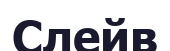
Слейв